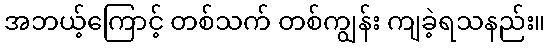
အဘယ့်ကြောင့် တစ်သက် တစ်ကျွန်း ကျခဲ့ရသနည်း။